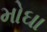
મોઘા